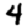
Digit: 4